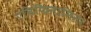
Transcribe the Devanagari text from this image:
एपिफिनामिना